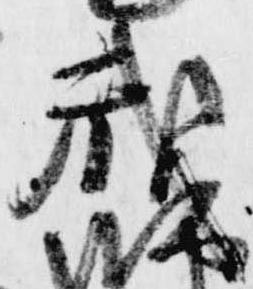
戒